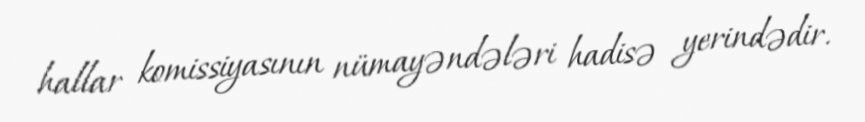
hallar komissiyasının nümayəndələri hadisə yerindədir.